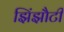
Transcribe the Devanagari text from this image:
झिंझौटी